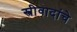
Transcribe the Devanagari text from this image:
स्त्रीवादांचे